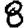
Digit: 8